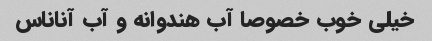
خیلی‌ خوب خصوصا آب هندوانه و آب آناناس